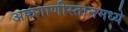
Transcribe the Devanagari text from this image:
अफगाणीस्तानमध्ये